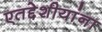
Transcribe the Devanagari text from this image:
एतद्देशीयांना